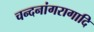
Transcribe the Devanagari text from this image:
चन्दनांगरागादि